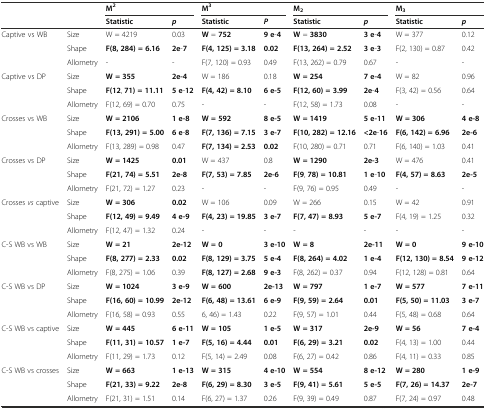
<table><thead><tr><td></td><td></td><td colspan="2"><b>M<sup>2</sup></b></td><td colspan="2"><b>M<sup>3</sup></b></td><td colspan="2"><b>M<sub>2</sub></b></td><td colspan="2"><b>M<sub>3</sub></b></td></tr><tr><td></td><td></td><td><b>Statistic</b></td><td><b><i>p</i></b></td><td><b>Statistic</b></td><td><b><i>P</i></b></td><td><b>Statistic</b></td><td><b><i>p</i></b></td><td><b>Statistic</b></td><td><b><i>p</i></b></td></tr></thead><tbody><tr><td rowspan="3">Captive vs WB</td><td>Size</td><td>W = 4219</td><td>0.03</td><td><b>W</b> = <b>752</b></td><td><b>9 e</b>-<b>4</b></td><td><b>W</b> = <b>3830</b></td><td><b>3 e</b>-<b>4</b></td><td>W = 377</td><td>0.12</td></tr><tr><td>Shape</td><td><b>F</b><b>(</b><b>8</b><b>,</b><b>284</b><b>) =</b><b>6.16</b></td><td><b>2e</b>-<b>7</b></td><td><b>F</b><b>(</b><b>4</b><b>,</b><b>125</b><b>) =</b><b>3.18</b></td><td><b>0.02</b></td><td><b>F</b><b>(</b><b>13</b><b>,</b><b>264</b><b>) =</b><b>2.52</b></td><td><b>3 e</b>-<b>3</b></td><td>F(2, 130) = 0.87</td><td>0.42</td></tr><tr><td>Allometry</td><td>-</td><td>-</td><td>F(7, 120) = 0.93</td><td>0.49</td><td>F(13, 262) = 0.79</td><td>0.67</td><td>-</td><td>-</td></tr><tr><td rowspan="3">Captive vs DP</td><td>Size</td><td><b>W</b><b>=</b><b>355</b></td><td><b>2e</b><b>-</b><b>4</b></td><td>W = 186</td><td>0.18</td><td><b>W</b><b>=</b><b>254</b></td><td><b>7 e</b><b>-</b><b>4</b></td><td>W = 82</td><td>0.96</td></tr><tr><td>Shape</td><td><b>F</b><b>(</b><b>12</b>, <b>71</b><b>) =</b><b>11.11</b></td><td><b>5 e</b>-<b>12</b></td><td><b>F</b><b>(</b><b>4</b><b>,</b><b>42</b><b>) =</b><b>8.10</b></td><td><b>6 e</b><b>-</b><b>5</b></td><td><b>F</b><b>(</b><b>12</b><b>,</b><b>60</b><b>) =</b><b>3.99</b></td><td><b>2e</b>-<b>4</b></td><td>F(3, 42) = 0.56</td><td>0.64</td></tr><tr><td>Allometry</td><td>F(12, 69) = 0.70</td><td>0.75</td><td>-</td><td>-</td><td>F(12, 58) = 1.73</td><td>0.08</td><td>-</td><td>-</td></tr><tr><td rowspan="3">Crosses vs WB</td><td>Size</td><td><b>W</b><b>=</b><b>2106</b></td><td><b>1 e</b><b>-</b><b>8</b></td><td><b>W</b><b>=</b><b>592</b></td><td><b>8 e</b><b>-</b><b>5</b></td><td><b>W</b><b>=</b><b>1419</b></td><td><b>5 e</b><b>-</b><b>11</b></td><td><b>W</b><b>=</b><b>306</b></td><td><b>4 e</b><b>-</b><b>8</b></td></tr><tr><td>Shape</td><td><b>F</b><b>(</b><b>13</b><b>,</b><b>291</b><b>) =</b><b>5.00</b></td><td><b>6 e</b>-<b>8</b></td><td><b>F</b><b>(</b><b>7</b><b>,</b><b>136</b><b>) =</b><b>7.15</b></td><td><b>3 e</b><b>-</b><b>7</b></td><td><b>F</b><b>(</b><b>10</b><b>,</b><b>282</b><b>) =</b><b>12.16</b></td><td><b>&lt;</b><b>2e</b>-<b>16</b></td><td><b>F</b><b>(</b><b>6</b><b>,</b><b>142</b><b>) =</b><b>6.96</b></td><td><b>2e</b><b>-</b><b>6</b></td></tr><tr><td>Allometry</td><td>F(13, 289) = 0.98</td><td>0.47</td><td><b>F</b><b>(</b><b>7</b><b>,</b><b>134</b><b>) =</b><b>2.53</b></td><td><b>0.02</b></td><td>F(10, 280) = 0.71</td><td>0.71</td><td>F(6, 140) = 1.03</td><td>0.41</td></tr><tr><td rowspan="3">Crosses vs DP</td><td>Size</td><td><b>W</b><b>=</b><b>1425</b></td><td><b>0.01</b></td><td>W = 437</td><td>0.8</td><td><b>W</b><b>=</b><b>1290</b></td><td><b>2e</b><b>-</b><b>3</b></td><td>W = 476</td><td>0.41</td></tr><tr><td>Shape</td><td><b>F</b><b>(</b><b>21</b><b>,</b><b>74</b><b>) =</b><b>5.51</b></td><td><b>2e</b><b>-</b><b>8</b></td><td><b>F</b><b>(</b><b>7</b><b>,</b><b>53</b><b>) =</b><b>7.85</b></td><td><b>2e</b><b>-</b><b>6</b></td><td><b>F</b><b>(</b><b>9</b>, <b>78</b><b>) =</b><b>10.81</b></td><td><b>1 e</b>-<b>10</b></td><td><b>F</b><b>(4</b><b>,</b><b>57) =</b><b>8.63</b></td><td><b>2e</b><b>-</b><b>5</b></td></tr><tr><td>Allometry</td><td>F(21, 72) = 1.27</td><td>0.23</td><td>-</td><td>-</td><td>F(9, 76) = 0.95</td><td>0.49</td><td>-</td><td>-</td></tr><tr><td rowspan="3">Crosses <i>vs</i> captive</td><td>Size</td><td><b>W</b><b>=</b><b>306</b></td><td><b>0.02</b></td><td>W = 106</td><td>0.09</td><td>W = 266</td><td>0.15</td><td>W = 42</td><td>0.91</td></tr><tr><td>Shape</td><td><b>F</b><b>(12</b><b>,</b><b>49) =</b><b>9.49</b></td><td><b>4 e</b><b>-</b><b>9</b></td><td><b>F</b><b>(4</b><b>,</b><b>23) =</b><b>19.85</b></td><td><b>3 e</b><b>-</b><b>7</b></td><td><b>F</b><b>(7</b><b>,</b><b>47) =</b><b>8.93</b></td><td><b>5 e</b><b>-</b><b>7</b></td><td>F(4, 19) = 1.25</td><td>0.32</td></tr><tr><td>Allometry</td><td>F(12, 47) = 1.32</td><td>0.24</td><td>-</td><td>-</td><td>-</td><td>-</td><td>-</td><td>-</td></tr><tr><td rowspan="3">C-S WB vs WB</td><td>Size</td><td><b>W</b><b>=</b><b>21</b></td><td><b>2e</b><b>-</b><b>12</b></td><td><b>W</b><b>=</b><b>0</b></td><td><b>3 e</b><b>-</b><b>10</b></td><td><b>W</b><b>=</b><b>8</b></td><td><b>2e</b><b>-</b><b>11</b></td><td><b>W</b><b>=</b><b>0</b></td><td><b>9 e</b><b>-</b><b>10</b></td></tr><tr><td>Shape</td><td><b>F</b><b>(8</b><b>,</b><b>277) =</b><b>2.33</b></td><td><b>0.02</b></td><td><b>F</b><b>(8</b><b>,</b><b>129) =</b><b>3.75</b></td><td><b>5 e</b><b>-</b><b>4</b></td><td><b>F</b><b>(8</b><b>,</b><b>264) =</b><b>4.02</b></td><td><b>1 e</b><b>-</b><b>4</b></td><td><b>F</b><b>(12</b><b>,</b><b>130) =</b><b>8.54</b></td><td><b>9 e</b><b>-</b><b>12</b></td></tr><tr><td>Allometry</td><td>F(8, 275) = 1.06</td><td>0.39</td><td><b>F</b><b>(8</b><b>,</b><b>127) =</b><b>2.68</b></td><td><b>9 e</b><b>-</b><b>3</b></td><td>F(8, 262) = 0.37</td><td>0.94</td><td>F(12, 128) = 0.81</td><td>0.64</td></tr><tr><td rowspan="3">C-S WB vs DP</td><td>Size</td><td><b>W</b><b>=</b><b>1024</b></td><td><b>3 e</b><b>-</b><b>9</b></td><td><b>W</b><b>=</b><b>600</b></td><td><b>2e</b><b>-</b><b>13</b></td><td><b>W</b><b>=</b><b>797</b></td><td><b>1 e</b><b>-</b><b>7</b></td><td><b>W</b><b>=</b><b>577</b></td><td><b>7 e</b><b>-</b><b>11</b></td></tr><tr><td>Shape</td><td><b>F</b><b>(16</b><b>,</b><b>60) =</b><b>10.99</b></td><td><b>2e</b><b>-</b><b>12</b></td><td><b>F</b><b>(6</b><b>,</b><b>48) =</b><b>13.61</b></td><td><b>6 e</b><b>-</b><b>9</b></td><td><b>F</b><b>(9</b><b>,</b><b>59) =</b><b>2.64</b></td><td><b>0.01</b></td><td><b>F</b><b>(5</b><b>,</b><b>50) =</b><b>11.03</b></td><td><b>3 e</b><b>-</b><b>7</b></td></tr><tr><td>Allometry</td><td>F(16, 58) = 0.93</td><td>0.55</td><td>6, 46) = 1.43</td><td>0.22</td><td>F(9, 57) = 1.01</td><td>0.44</td><td>F(5, 48) = 0.68</td><td>0.64</td></tr><tr><td rowspan="3">C-S WB vs captive</td><td>Size</td><td><b>W</b><b>=</b><b>445</b></td><td><b>6 e</b><b>-</b><b>11</b></td><td><b>W</b><b>=</b><b>105</b></td><td><b>1 e</b><b>-</b><b>5</b></td><td><b>W</b><b>=</b><b>317</b></td><td><b>2e</b><b>-</b><b>9</b></td><td><b>W</b><b>=</b><b>56</b></td><td><b>7 e</b><b>-</b><b>4</b></td></tr><tr><td>Shape</td><td><b>F</b><b>(11</b><b>,</b><b>31) =</b><b>10.57</b></td><td><b>1 e</b><b>-</b><b>7</b></td><td><b>F</b><b>(5</b><b>,</b><b>16) =</b><b>4.44</b></td><td><b>0.01</b></td><td><b>F</b><b>(6</b><b>,</b><b>29) =</b><b>3.21</b></td><td><b>0.02</b></td><td>F(4, 13) = 1.00</td><td>0.44</td></tr><tr><td>Allometry</td><td>F(11, 29) = 1.73</td><td>0.12</td><td>F(5, 14) = 2.49</td><td>0.08</td><td>F(6, 27) = 0.42</td><td>0.86</td><td>F(4, 11) = 0.33</td><td>0.85</td></tr><tr><td rowspan="3">C-S WB vs crosses</td><td>Size</td><td><b>W</b><b>=</b><b>663</b></td><td><b>1 e</b><b>-</b><b>13</b></td><td><b>W</b><b>=</b><b>315</b></td><td><b>4 e</b><b>-</b><b>10</b></td><td><b>W</b><b>=</b><b>554</b></td><td><b>8 e</b><b>-</b><b>12</b></td><td><b>W</b><b>=</b><b>280</b></td><td><b>1 e</b><b>-</b><b>9</b></td></tr><tr><td>Shape</td><td><b>F</b><b>(21</b><b>,</b><b>33) =</b><b>9.22</b></td><td><b>2e</b><b>-</b><b>8</b></td><td><b>F</b><b>(6</b><b>,</b><b>29) =</b><b>8.30</b></td><td><b>3 e</b><b>-</b><b>5</b></td><td><b>F</b><b>(9</b><b>,</b><b>41) =</b><b>5.61</b></td><td><b>5 e</b><b>-</b><b>5</b></td><td><b>F</b><b>(7</b><b>,</b><b>26) =</b><b>14.37</b></td><td><b>2e</b><b>-</b><b>7</b></td></tr><tr><td>Allometry</td><td>F(21, 31) = 1.51</td><td>0.14</td><td>F(6, 27) = 1.37</td><td>0.26</td><td>F(9, 39) = 0.49</td><td>0.87</td><td>F(7, 24) = 0.97</td><td>0.48</td></tr></tbody></table>